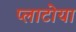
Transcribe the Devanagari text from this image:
प्लाटोया